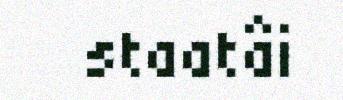
staatâi